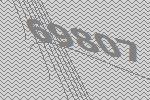
69807